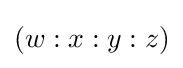
(w:x:y:z)